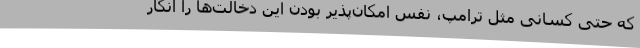
که حتی کسانی مثل ترامپ، نفس امکان‌پذیر بودن این دخالت‌ها را انکار